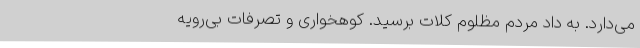
می‌دارد. به داد مردم مظلوم کلات برسید. کوهخواری و تصرفات بی‌رویه